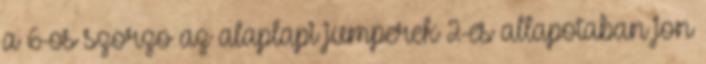
a 6-os szorzo az alaplapi jumperek 2-es allapotaban jon